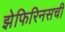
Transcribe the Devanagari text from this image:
झेफिरिनसची